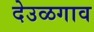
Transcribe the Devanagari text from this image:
देउळगाव